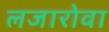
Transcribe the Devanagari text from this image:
लजारोवा